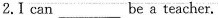
2.Ⅰ can ___ be a teacher.